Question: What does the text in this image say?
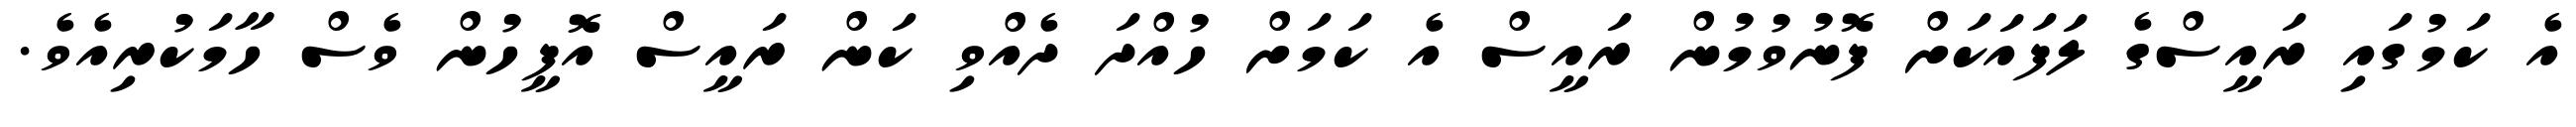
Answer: އެ ކަމުގައި ރައީސްގެ ލަފައަކަށް ފޮނުވުމުން ރައީސް އެ ކަމަށް ހުއްދަ ދެއްވި ކަން ރައީސް އޮފީހުން ވެސް ހާމަކުރިއެވެ.